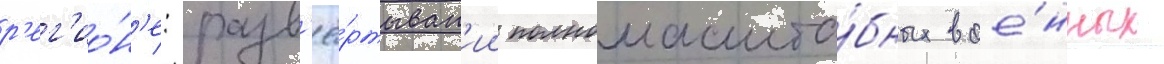
р'ег'ио́н'е: разв'ё́ртыван'ии полномасшта́бных вое́нных